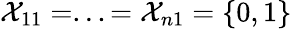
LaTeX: \mathcal{X}_{11}=...=\mathcal{X}_{n1}=\{ 0,1\}